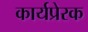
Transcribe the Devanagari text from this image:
कार्यप्रेरक